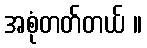
အစုံတတ်တယ် ။